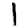
Digit: 1